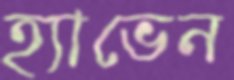
হ্যাভেন